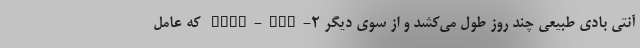
آنتی بادی طبیعی چند روز طول می‌کشد و از سوی دیگر SARS-CoV-۲ که عامل